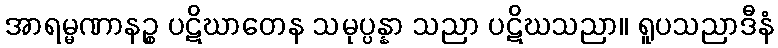
အာရမ္မဏာနဉ္စ ပဋိဃာတေန သမုပ္ပန္နာ သညာ ပဋိဃသညာ။ ရူပသညာဒီနံ